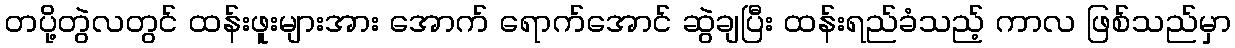
တပို့တွဲလတွင် ထန်းဖူးများအား အောက် ရောက်အောင် ဆွဲချပြီး ထန်းရည်ခံသည့် ကာလ ဖြစ်သည်မှာ